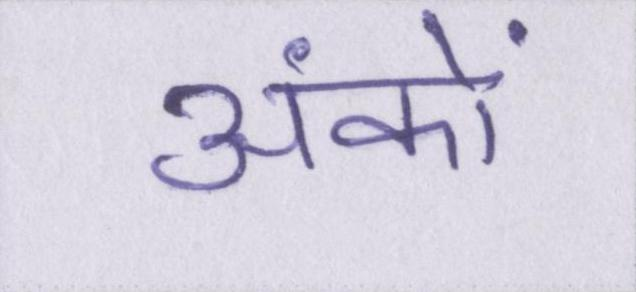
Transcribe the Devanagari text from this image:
अंकों